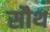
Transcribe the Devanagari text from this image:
सौथ